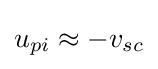
u_{pi}\approx -v_{sc}